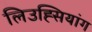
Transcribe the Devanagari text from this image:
लिउह्सियांग